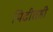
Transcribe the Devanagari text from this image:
पिढीतही